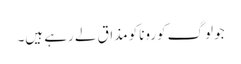
جو لوگ کوروناکو مذاق لے رہے ہیں۔